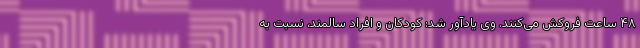
۴۸ ساعت فروکش می‌کنند. وی یادآور شد: کودکان و افراد سالمند، نسبت به